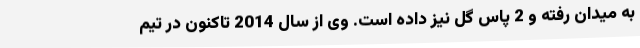
به میدان رفته و 2 پاس گل نیز داده است. وی از سال 2014 تاکنون در تیم